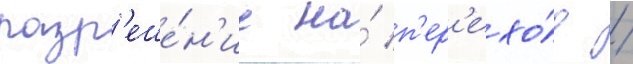
разр'еше́н'ие на́ п'ер'ехо́д /